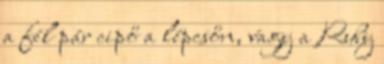
a fél pár cipő a lépcsőn, vagy a Ruby